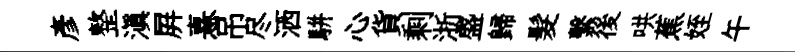
彦整滇屛憙吊尽洒駢心貨剩浙盛歸髮繫後哄蕉姪午